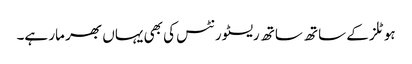
ہوٹلز کے ساتھ ساتھ ریسٹورنٹس کی بھی یہاں بھر مار ہے۔